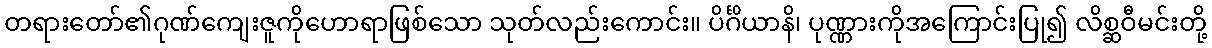
တရားတော်၏ဂုဏ်ကျေးဇူကိုဟောရာဖြစ်သော သုတ်လည်းကောင်း။ ပိင်္ဂိယာနိ၊ ပုဏ္ဏားကိုအကြောင်းပြု၍ လိစ္ဆဝီမင်းတို့